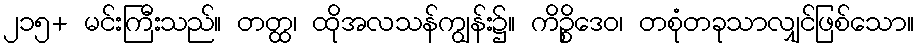
၂၁၅+ မင်းကြီးသည်။ တတ္ထ၊ ထိုအလသန်ကျွန်း၌။ ကိဉ္စိဒေဝ၊ တစုံတခုသာလျှင်ဖြစ်သော။